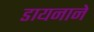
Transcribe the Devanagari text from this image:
डायनाने